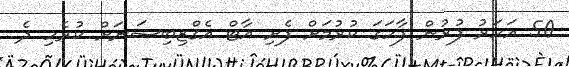
50 އަހަރު ފުރުން ފާހަގަ ކުރުމަށް ފެށި އާޓް އެގްޒިބިޝަނަށް ކުރެހި ދެ